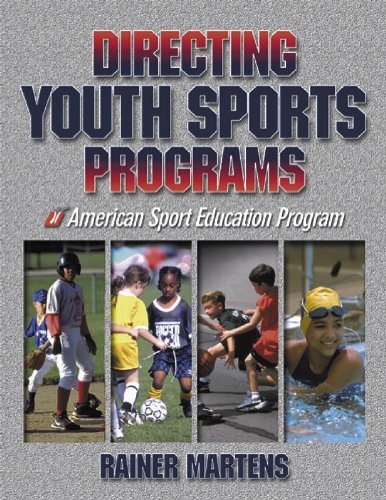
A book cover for Directing Youth Sports Programs; Rainer Martens; Health, Fitness & Dieting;